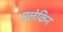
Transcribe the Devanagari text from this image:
मलेकिन